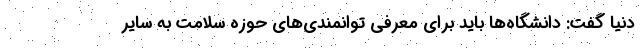
دنیا گفت: دانشگاه‌ها باید برای معرفی توانمندی‌های حوزه سلامت به سایر